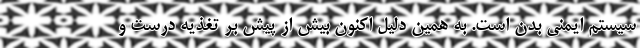
سیستم ایمنی بدن است. به همین دلیل اکنون بیش از پیش بر تغذیه درست و